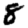
Digit: 8